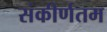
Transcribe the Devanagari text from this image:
संकीर्णतम